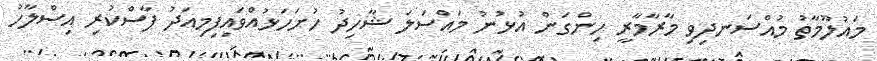
މައުލޫމާތު މުއްސަނދިވި މާރާމާރީ ހިންގަން އުޅުނު މައްސަލަ ޝާހިދު ހުށަހަޅުއްވައިފިމިއަދު ފާސްކުރި އިސްލާހު